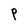
Character: P